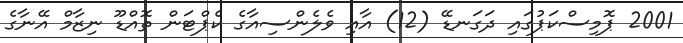
2001 ޕޮމިސްކަޕުގައި ދަގަނޑޭ (12) އާއި ވެލެންސިއާގެ ކެޕްޓަން ތޮއްޑޫ ނިޒާމް އޭނާގެ